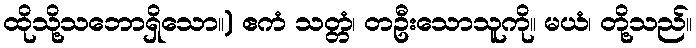
ထိုသို့သဘောရှိသော။) ဧကံ သတ္တံ၊ တဦးသောသူကို။ မယံ၊ တို့သည်။